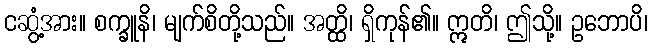
ငဆွံ့အား။ စက္ခူနိ၊ မျက်စိတို့သည်။ အတ္ထိ၊ ရှိကုန်၏။ ဣတိ၊ ဤသို့။ ဥဘောပိ၊